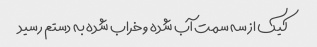
کیک از سه سمت آب شده و خراب شده به دستم رسید